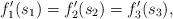
LaTeX: \begin{align*}f'_1(s_1)=f'_2(s_2)=f'_3(s_3),\end{align*}